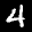
Label: 4